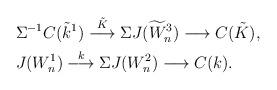
LaTeX: \begin{align*} & \Sigma^{-1}C(\tilde{k}^1) \stackrel{\tilde{K}}{\longrightarrow} \Sigma J(\widetilde{W}^3_n) \longrightarrow C( \tilde{K}), \\ & J(W^1_n) \stackrel{k}{\longrightarrow} \Sigma J(W^2_n) \longrightarrow C(k). \end{align*}